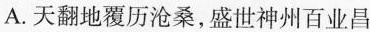
A.天翻地覆历沧桑，盛世神州百业昌